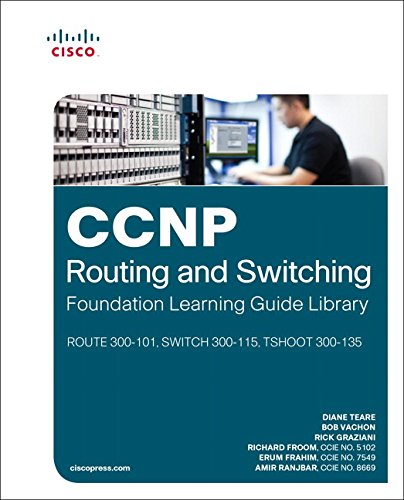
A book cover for CCNP Routing and Switching Foundation Learning Guide Library: (ROUTE 300-101,  SWITCH 300-115, TSHOOT 300-135) (Self-Study Guide); Diane Teare; Computers & Technology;